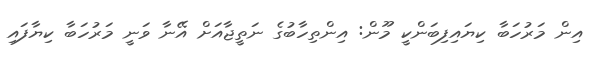
އިން މަރުހަބާ ކިޔައިފިބަންކީ މޫން: އިންތިހާބުގެ ނަތީޖާއަށް އޭނާ ވަނީ މަރުހަބާ ކިޔާފައި